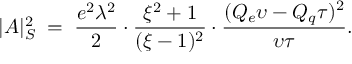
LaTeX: | A | _ { S } ^ { 2 } \; = \; \frac { e ^ { 2 } \lambda ^ { 2 } } { 2 } \cdot \frac { \xi ^ { 2 } + 1 } { ( \xi - 1 ) ^ { 2 } } \cdot \frac { ( Q _ { e } \upsilon - Q _ { q } \tau ) ^ { 2 } } { \upsilon \tau } .